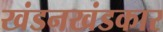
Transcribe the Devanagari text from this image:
खंडनखंडकार